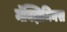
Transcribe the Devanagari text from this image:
मॅक्झिमिनस